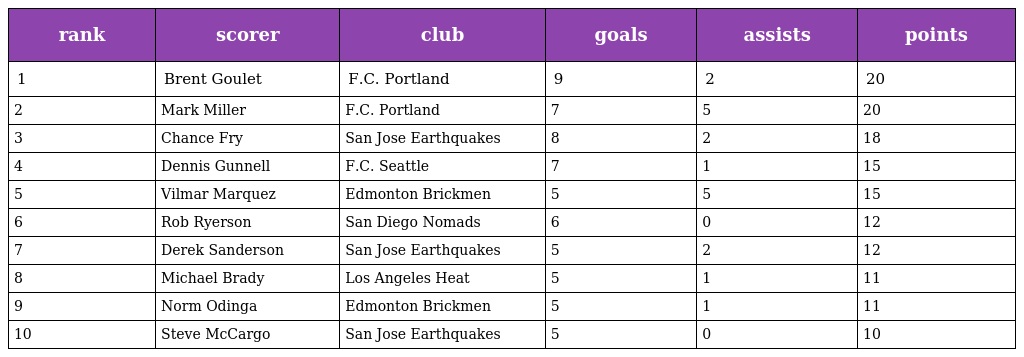
| rank | scorer | club | goals | assists | points |
 | --- | --- | --- | --- | --- | --- |
 | 1 | Brent Goulet | F.C. Portland | 9 | 2 | 20 |
 | 2 | Mark Miller | F.C. Portland | 7 | 5 | 20 |
 | 3 | Chance Fry | San Jose Earthquakes | 8 | 2 | 18 |
 | 4 | Dennis Gunnell | F.C. Seattle | 7 | 1 | 15 |
 | 5 | Vilmar Marquez | Edmonton Brickmen | 5 | 5 | 15 |
 | 6 | Rob Ryerson | San Diego Nomads | 6 | 0 | 12 |
 | 7 | Derek Sanderson | San Jose Earthquakes | 5 | 2 | 12 |
 | 8 | Michael Brady | Los Angeles Heat | 5 | 1 | 11 |
 | 9 | Norm Odinga | Edmonton Brickmen | 5 | 1 | 11 |
 | 10 | Steve McCargo | San Jose Earthquakes | 5 | 0 | 10 |